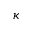
\kappa